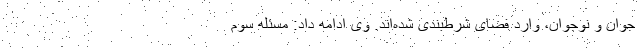
جوان و نوجوان، وارد فضای شرط‌بندی شده‌اند. وی ادامه داد: مسئله سوم